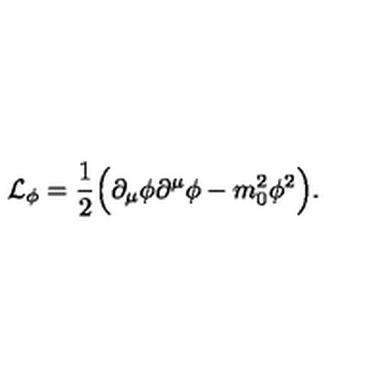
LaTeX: { \cal L } _ { \phi } = \frac { 1 } { 2 } \Bigl ( \partial _ { \mu } \phi \partial ^ { \mu } \phi - m _ { 0 } ^ { 2 } \phi ^ { 2 } \Bigr ) .